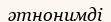
әтнонимді